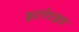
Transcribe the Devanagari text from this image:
इटरेटइव